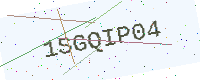
Text: 1SGQIP04